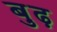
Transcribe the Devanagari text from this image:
बु़ढ़